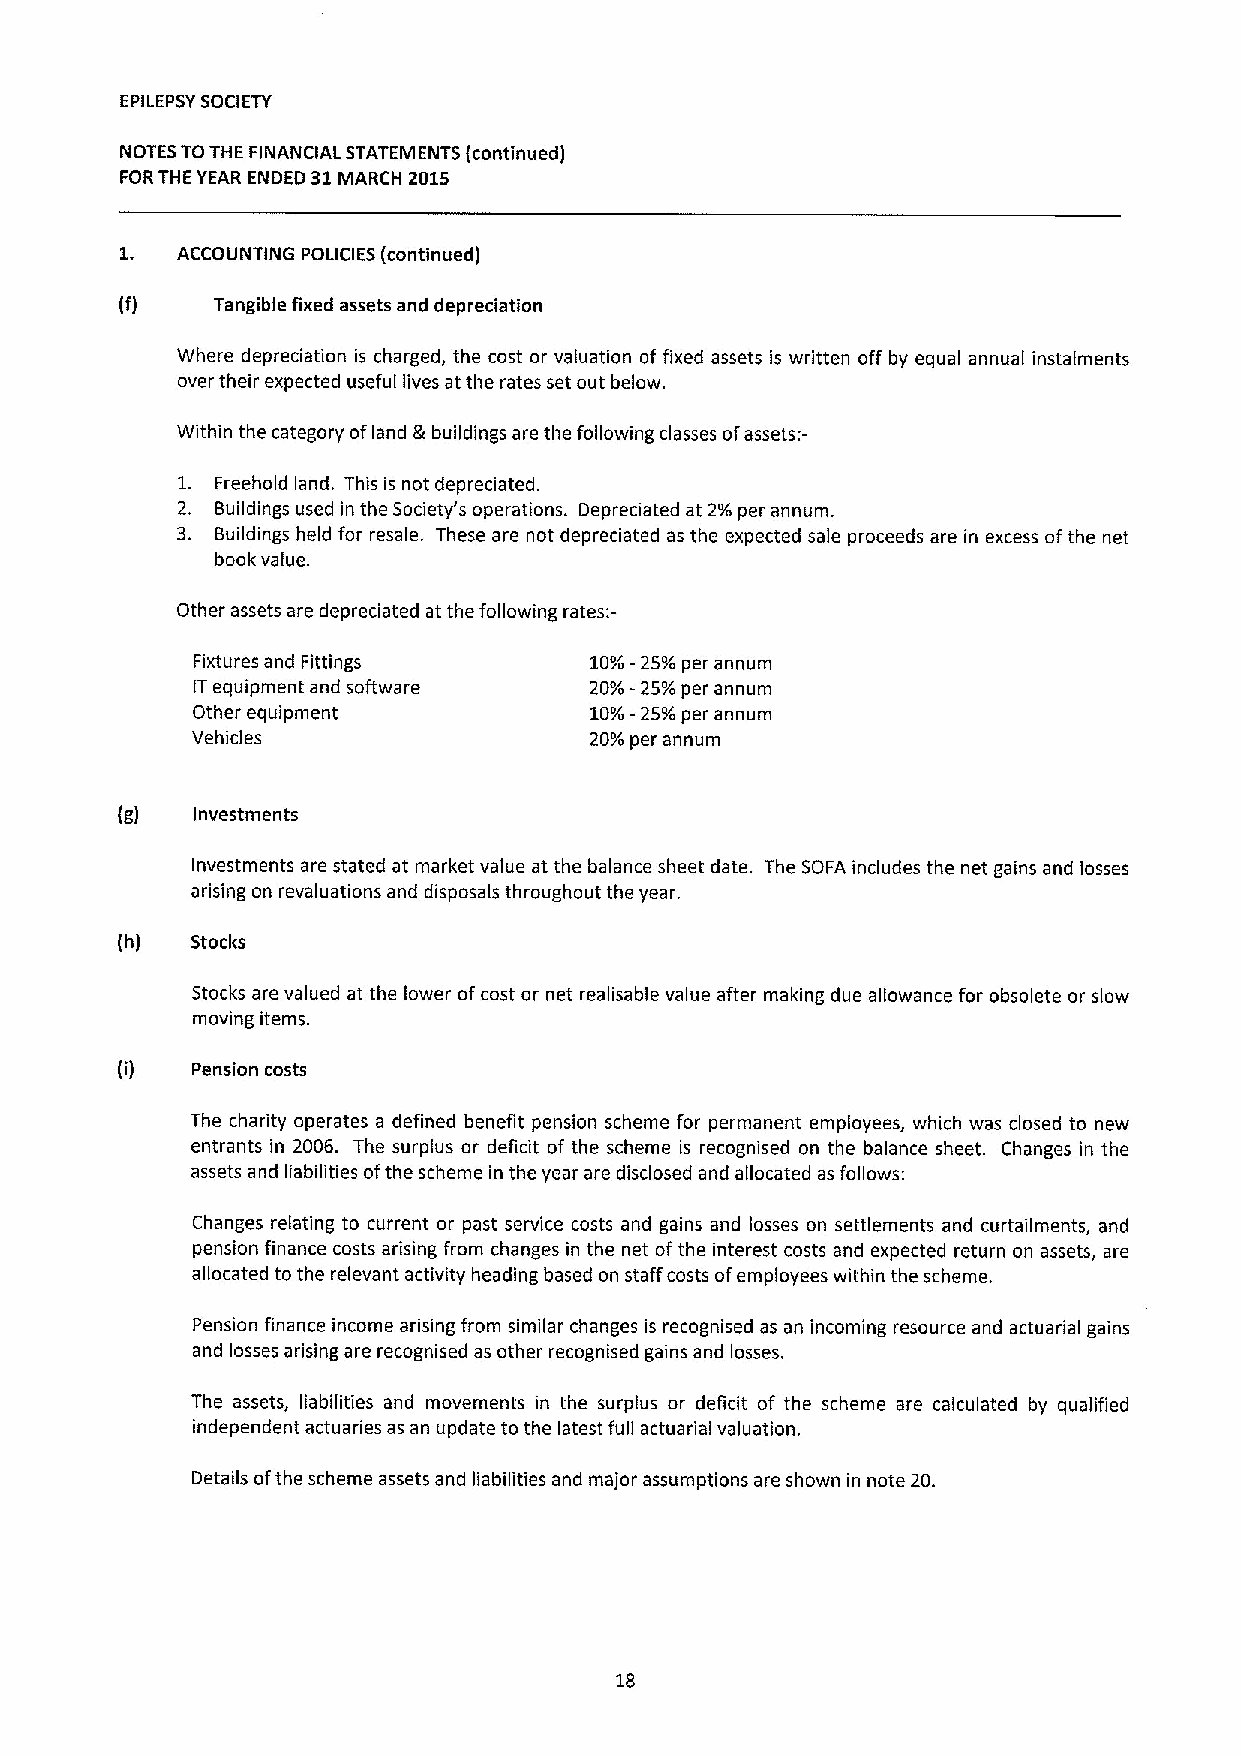
EPILEPSYSOCIETY
 NOTES TOTHE FINANCIAL STATEMENTS (continued)
 FORTHE YEAR ENDED 31MARCH 2015
 1.  ACCOUNTING POLICIES (continued)
 (f)   Tangible fixed assets and depreciation
 Where depreciation is charged, the cost or valuation of fixed assets is written off by equal annual instalments
 over their expected useful lives at the rates set out below.
 Within the category ofland &buildings are the following classes ofassets:—
 1. Freehold land. This is not depreciated.
 2. Buildings used in the Society's operations. Depreciated at 2/o per annum.
 3. Buildings held for resale. These are not depreciated as the expected sale proceeds are in excess ofthe net
 book value.
 Other assets are depreciated at the following rates:-
 Fixtures and Fittings     10o/ —25/o per annum
 ITequipment and software  20o/ -259oper annum
 Other equipment           10o/ "25Yoper annum
 Vehicles                  20o/ per annum
 (g)  Investments
 Investments are stated at market value at the balance sheet date. The SOFA includes the net gains and losses
 arising on revaluations and disposals throughout the year.
 (h)  Stocks
 Stocks are valued at the lower ofcost or net realisable value after making due allowance for obsolete or slow
 moving items.
 Pension costs
 The charity operates a defined benefit pension scheme for permanent employees, which was closed to new
 entrants in 2006. The surplus or deficit of the scheme is recognised on the balance sheet. Changes in the
 assets and liabilities ofthe scheme in the year are disclosed and allocated as follows:
 Changes relating to current or past service costs and gains and losses on settlements and curtailments, and
 pension finance costs arising from changes in the net ofthe interest costs and expected return on assets, are
 allocated to the relevant activity heading based on staff costs ofemployees within the scheme.
 Pension finance income arising from similar changes is recognised as an incoming resource and actuarial gains
 and losses arising are recognised as other recognised gains and losses.
 The assets, liabilities and movements in the surplus or deficit of the scheme are calculated by qualified
 independent actuaries as an update to the latest full actuarial valuation.
 Details ofthe scheme assets and liabilities and major assumptions are shown in note 20.
 18